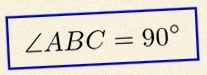
\angle ABC=90^\circ